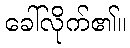
ခေါ်လိုက်၏။